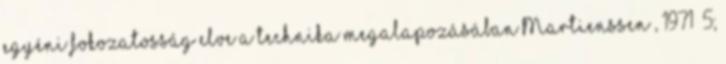
egyéni fokozatosság elve a technika megalapozásában Martienssen , 1971 5;